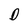
Character: D